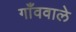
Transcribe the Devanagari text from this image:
गाँववाले